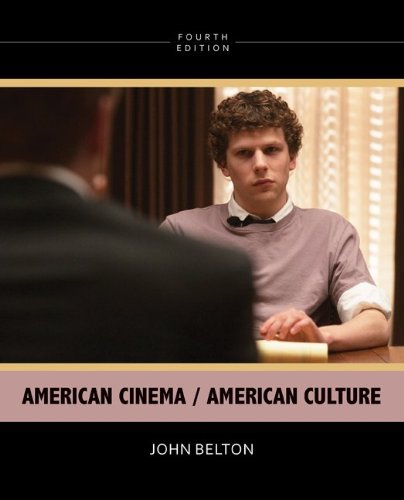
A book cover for American Cinema / American Culture, 4th Edition; John Belton; Humor & Entertainment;